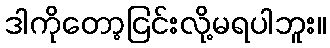
ဒါကိုတော့ငြင်းလို့မရပါဘူး။